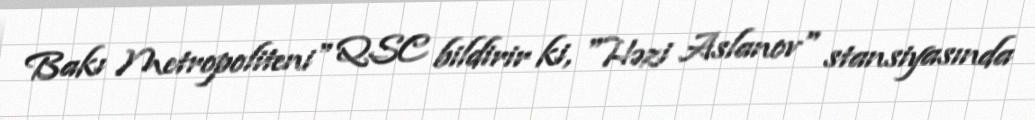
Bakı Metropoliteni" QSC bildirir ki, "Həzi Aslanov" stansiyasında